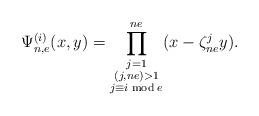
LaTeX: \begin{align*} \Psi_{n,e}^{(i)}(x,y)=\prod^{ne}_{\substack{j=1 \\ (j,ne)>1\\ j\equiv i \bmod e}}(x-\zeta^j_{ne}y).\end{align*}